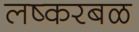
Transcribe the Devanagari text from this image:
लष्करबळ